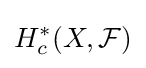
H_{c}^{*}(X,{\mathcal {F}})